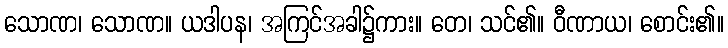
သောဏ၊ သောဏ။ ယဒါပန၊ အကြင်အခါ၌ကား။ တေ၊ သင်၏။ ဝီဏာယ၊ စောင်း၏။